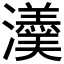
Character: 𤄂